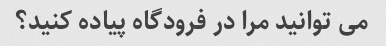
می توانید مرا در فرودگاه پیاده کنید؟